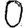
Digit: 0